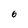
Character: 6